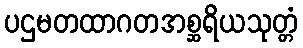
ပဌမတထာဂတအစ္ဆရိယသုတ္တံ